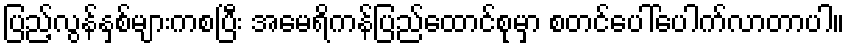
ပြည့်လွန်နှစ်များကစပြီး အမေရိကန်ပြည်ထောင်စုမှာ စတင်ပေါ်ပေါက်လာတာပါ။